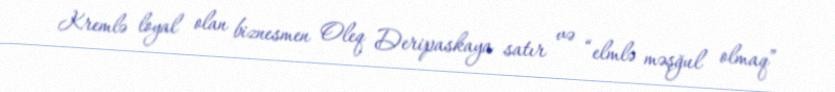
Kremlə loyal olan biznesmen Oleq Deripaskaya satır və “elmlə məşğul olmaq”